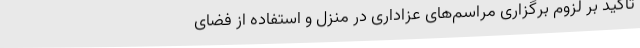
تاکید بر لزوم برگزاری مراسم‌های عزاداری در منزل و استفاده از فضای